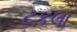
ટકલા